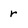
Character: r